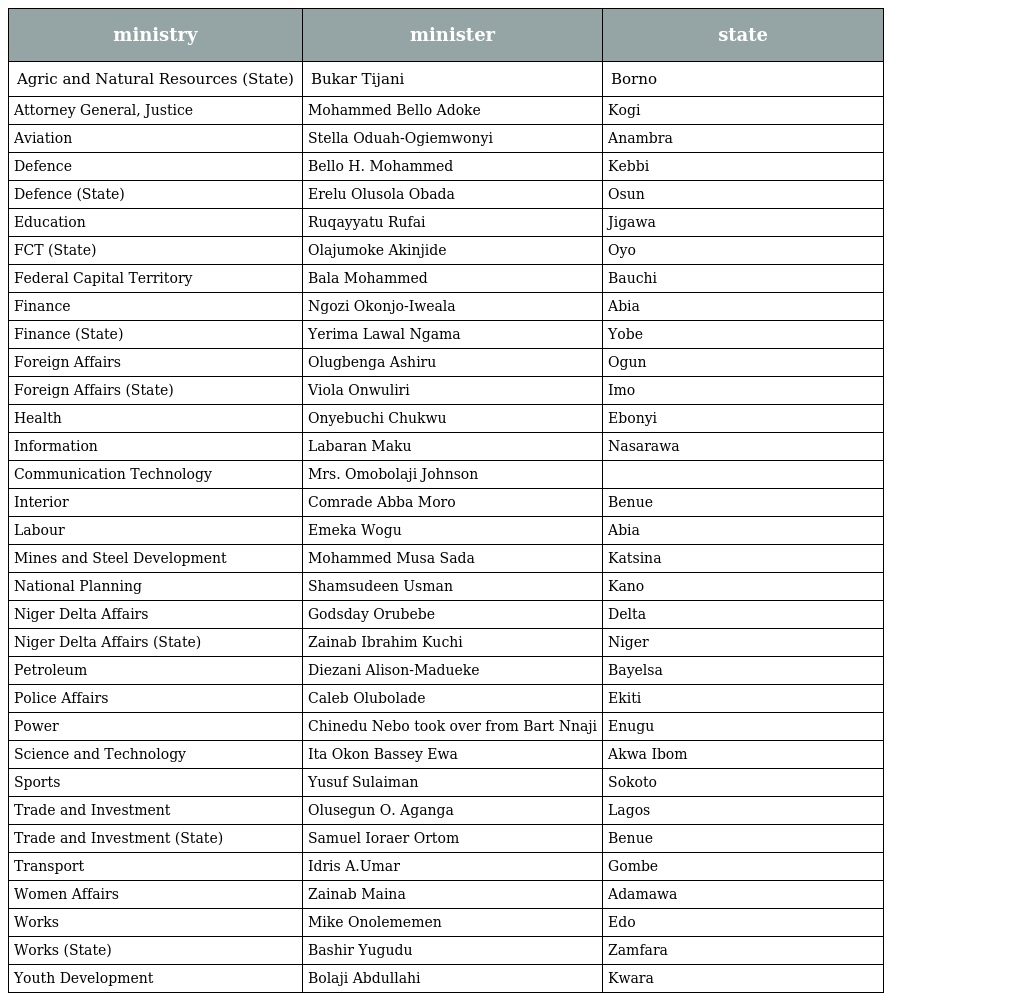
| ministry | minister | state |
 | --- | --- | --- |
 | Agric and Natural Resources (State) | Bukar Tijani | Borno |
 | Attorney General, Justice | Mohammed Bello Adoke | Kogi |
 | Aviation | Stella Oduah-Ogiemwonyi | Anambra |
 | Defence | Bello H. Mohammed | Kebbi |
 | Defence (State) | Erelu Olusola Obada | Osun |
 | Education | Ruqayyatu Rufai | Jigawa |
 | FCT (State) | Olajumoke Akinjide | Oyo |
 | Federal Capital Territory | Bala Mohammed | Bauchi |
 | Finance | Ngozi Okonjo-Iweala | Abia |
 | Finance (State) | Yerima Lawal Ngama | Yobe |
 | Foreign Affairs | Olugbenga Ashiru | Ogun |
 | Foreign Affairs (State) | Viola Onwuliri | Imo |
 | Health | Onyebuchi Chukwu | Ebonyi |
 | Information | Labaran Maku | Nasarawa |
 | Communication Technology | Mrs. Omobolaji Johnson |  |
 | Interior | Comrade Abba Moro | Benue |
 | Labour | Emeka Wogu | Abia |
 | Mines and Steel Development | Mohammed Musa Sada | Katsina |
 | National Planning | Shamsudeen Usman | Kano |
 | Niger Delta Affairs | Godsday Orubebe | Delta |
 | Niger Delta Affairs (State) | Zainab Ibrahim Kuchi | Niger |
 | Petroleum | Diezani Alison-Madueke | Bayelsa |
 | Police Affairs | Caleb Olubolade | Ekiti |
 | Power | Chinedu Nebo took over from Bart Nnaji | Enugu |
 | Science and Technology | Ita Okon Bassey Ewa | Akwa Ibom |
 | Sports | Yusuf Sulaiman | Sokoto |
 | Trade and Investment | Olusegun O. Aganga | Lagos |
 | Trade and Investment (State) | Samuel Ioraer Ortom | Benue |
 | Transport | Idris A.Umar | Gombe |
 | Women Affairs | Zainab Maina | Adamawa |
 | Works | Mike Onolememen | Edo |
 | Works (State) | Bashir Yugudu | Zamfara |
 | Youth Development | Bolaji Abdullahi | Kwara |